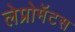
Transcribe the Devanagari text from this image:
लेप्रोमॅटस